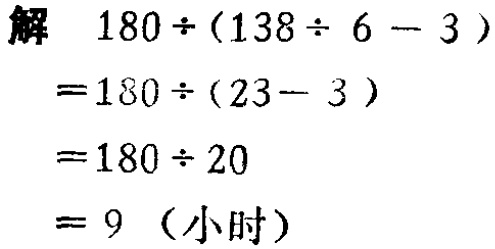
解
\[
\begin{align*}
&180\div(138\div6 - 3)\\
=&180\div(23 - 3)\\
=&180\div20\\
=&9 \text{（小时）}
\end{align*}
\]